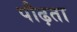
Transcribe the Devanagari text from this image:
पौढ़ता